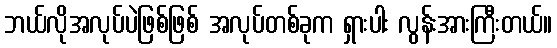
ဘယ်လိုအလုပ်ပဲဖြစ်ဖြစ် အလုပ်တစ်ခုက ရှားပါး လွန်းအားကြီးတယ်။